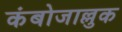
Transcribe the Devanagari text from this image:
कंबोजाल्लुक